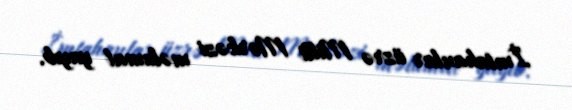
İmtahanlar üzrə Milli Mərkəzi məlumat yayıb.